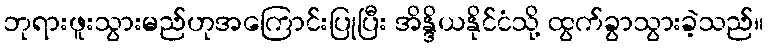
ဘုရားဖူးသွားမည်ဟုအကြောင်းပြုပြီး အိန္ဒိယနိုင်ငံသို့ ထွက်ခွာသွားခဲ့သည်။